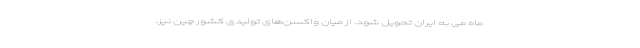
ماه می به ایران تحویل شود. از میان واکسن‌های تولیدی کشور چین نیز،